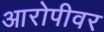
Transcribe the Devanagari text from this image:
आरोपीवर